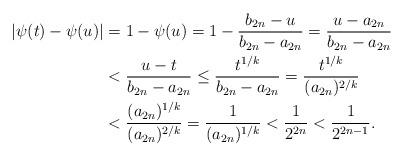
LaTeX: \begin{align*}|\psi (t)-\psi (u)|&=1-\psi(u) =1-\dfrac{b_{2n}-u}{b_{2n}-a_{2n}} =\dfrac{u-a_{2n}}{b_{2n}-a_{2n}}\\& < \dfrac{u-t}{b_{2n}-a_{2n}} \leq \dfrac{t^{1/k}}{b_{2n}-a_{2n}} = \dfrac{t^{1/k}}{(a_{2n})^{2/k}}\\& < \dfrac{(a_{2n})^{1/k}}{(a_{2n})^{2/k}}=\dfrac{1}{(a_{2n})^{1/k}}<\dfrac{1}{2^{2n}}<\dfrac{1}{2^{2n-1}}.\end{align*}